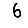
Digit: 6